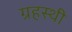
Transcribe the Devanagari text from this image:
ग्रहस्थी